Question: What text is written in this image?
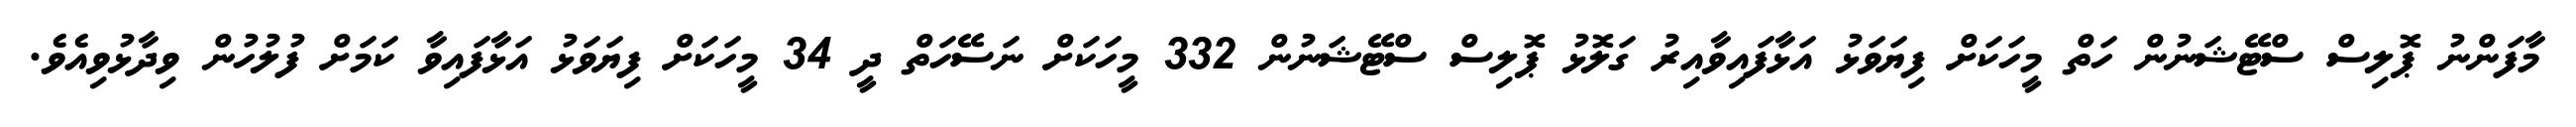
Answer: މާފަންނު ޕޮލިސް ސްޓޭޝަނުން ހަތް މީހަކަށް ފިޔަވަޅު އަޅާފައިވާއިރު ގަލޮޅު ޕޮލިސް ސްޓޭޝަނުން 332 މީހަކަށް ނަސޭހަތް ދީ 34 މީހަކަށް ފިޔަވަޅު އަޅާފައިވާ ކަމަށް ފުލުހުން ވިދާޅުވިއެވެ.